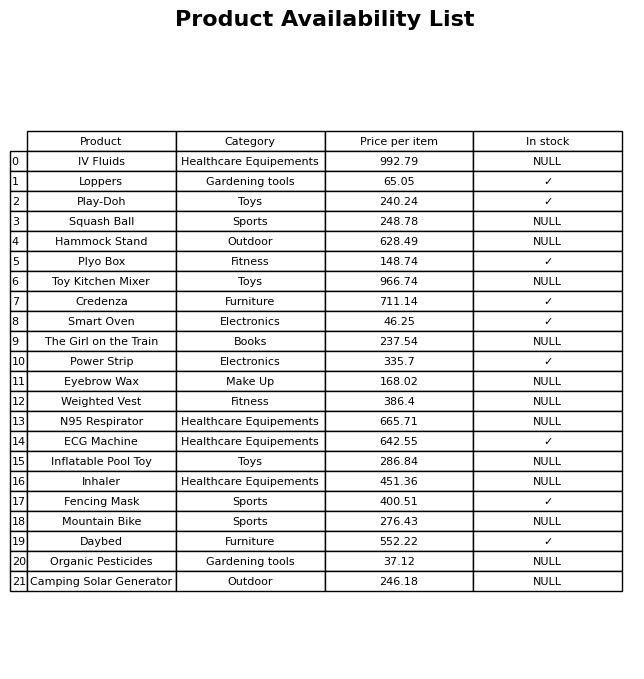
question: What is the price for Eyebrow Wax?
answer: The price of Eyebrow Wax is 168.02.